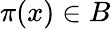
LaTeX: \pi(x)\in B